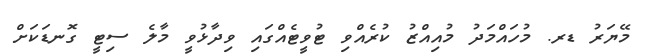
މޭޔަރު ޑރ. މުހައްމަދު މުއިއްޒު ކުރެއްވި ޓުވީޓެއްގައި ވިދާޅުވީ މާލެ ސިޓީ ގޮނޑަކަށް